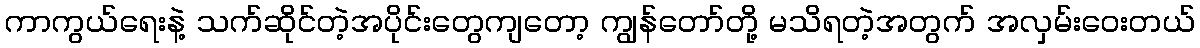
ကာကွယ်ရေးနဲ့ သက်ဆိုင်တဲ့အပိုင်းတွေကျတော့ ကျွန်တော်တို့ မသိရတဲ့အတွက် အလှမ်းဝေးတယ်